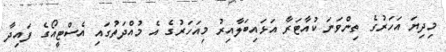
މިދިޔަ އަހަރުގެ ތިންވަނަ ކުއާޓަރާ އަޅައިބަލާއިރު މިއަހަރުގެ އެ މުއްދަތުގައި އެސްޓީއޯގެ ފައިދާ